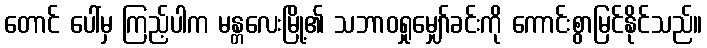
တောင် ပေါ်မှ ကြည့်ပါက မန္တလေးမြို့၏ သဘာဝရှုမျှော်ခင်းကို ကောင်းစွာမြင်နိုင်သည်။